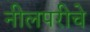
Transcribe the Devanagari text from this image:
नीलपरीचे